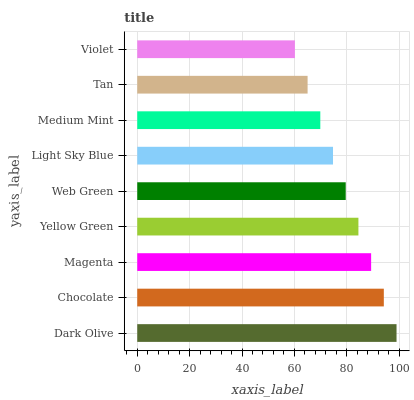
| yaxis_label | bars |
 | --- | --- |
 | Dark Olive | 99 |
 | Chocolate | 94.1 |
 | Magenta | 89.3 |
 | Yellow Green | 84.4 |
 | Web Green | 79.6 |
 | Light Sky Blue | 74.7 |
 | Medium Mint | 69.9 |
 | Tan | 65 |
 | Violet | 60.2 |